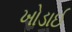
ખોડાઈ